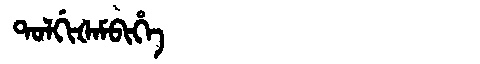
Manchu: ᡨᠣᠯᡤᡳᡧᠠᠮᠪᡳᡥᡝ
Romanization: TOLGIŠAMBIHE